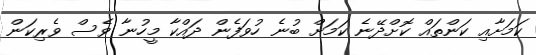
ކަމަށާއި ކަންތައް ކޮށްދޭނެ ކަމަށް ބުނެ ހުވަފެން ދައްކާ މީހުނާ ވެސް ވެރިކަން